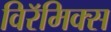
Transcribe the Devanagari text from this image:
विरॅमिक्स